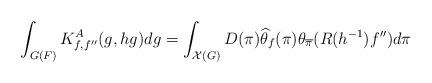
LaTeX: \begin{align*}\displaystyle \int_{G(F)} K^A_{f,f''}(g,hg) dg=\int_{\mathcal{X}(G)}D(\pi)\widehat{\theta}_f(\pi) \theta_{\overline{\pi}}(R(h^{-1})f'') d\pi\end{align*}